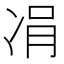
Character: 𠗓